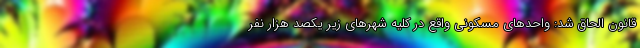
قانون الحاق شد: واحدهای مسکونی واقع در کلیه شهرهای زیر یکصد هزار نفر